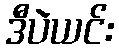
ဒီပဲယင်း